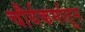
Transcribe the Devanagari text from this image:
चौर्यकर्मातून